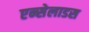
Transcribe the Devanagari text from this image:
एन्सेलाडस